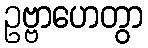
ဥဗ္ဗာဟေတွာ